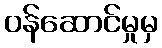
ဝန်ဆောင်မှုမှ